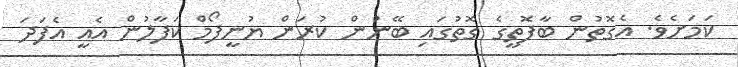
ކަމަށެވެ. އެގޮތުން ބާފޮތީގެ ގޮތުގައި ބޭނުން ކުރަން ޔުނީފޯމް ކަފާލުން އެއީ އެފަދަ